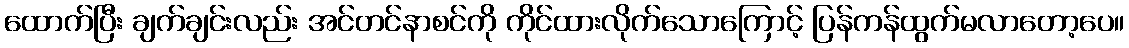
ထောက်ပြီး ချက်ချင်းလည်း အင်တင်နာစင်ကို ကိုင်ထားလိုက်သောကြောင့် ပြန်ကန်ထွက်မလာတော့ပေ။